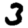
Digit: 3